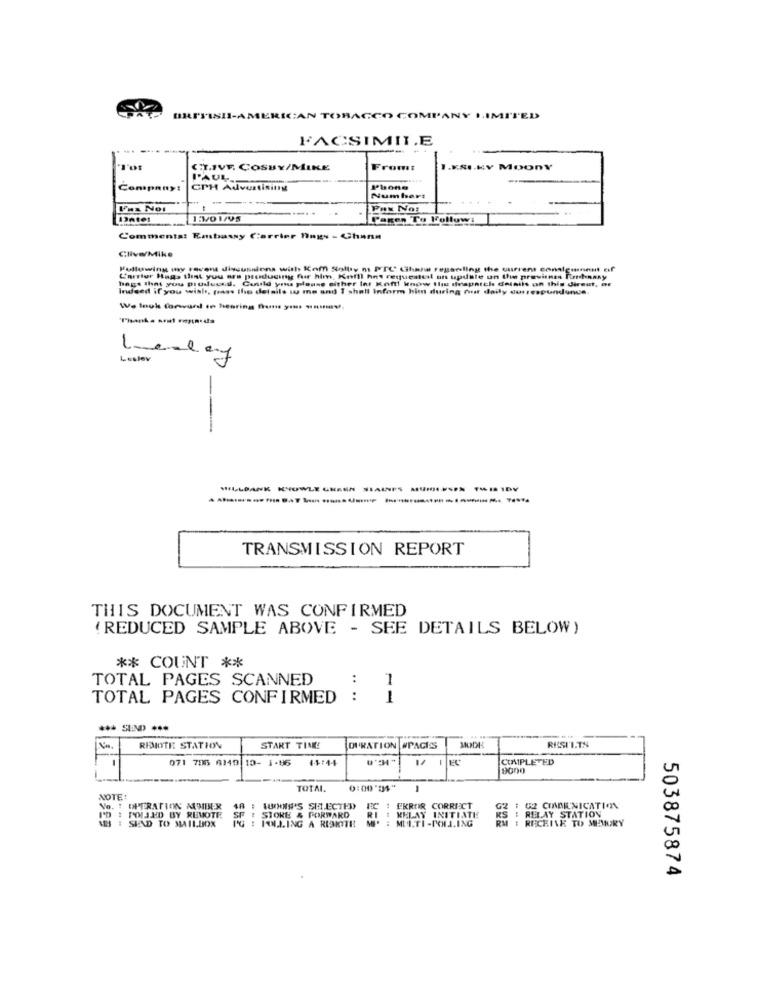
BRITISII-AMERICAN TOBACCO COMPANY LIMITED
FACSIMILE
CT.IVF. COSBY/MINE
From:
H.KY MoonY
Company:
CPH Advertising
Phone
--
Number:
Uns Noi
PON No:
Donter
LEVO 1/95
Pagen To Followi
Comments: Embassy Carrier Ings - Chann
Clive/Mike
Following my recent discussions with Kom Stolty m PTC Liliana regeling the current consigonnnt tif
Carrier Haga that you are producing for him, Kefil hos requested an update un the provinzs Renhnasy
bags that you prusluces. Could you please either Int Kof! know this despatel details on this direut, ar
Indeed if you wish, pass the details w me and I shall Inform him during must daily durrespundunde.
We look forward to hearing from yes -man.
Thanks soul soynada
Leslev
Lesley
HILLDANK KYOWLE GREEN SIAUNFS -LESPA TEMIDY
TRANSMISSION REPORT
THIS DOCUMENT WAS CONFIRMED
(REDUCED SAMPLE ABOVE - SEE DETAILS BELOW)
** COUNT **
TOTAL PAGES SCANNED
:
1
TOTAL PAGES CONFIRMED :
1
REMOTE STATION
START TIME
DURATION #PAGES
MODI
RESULTS
071 706 6149 10- 1-96
44:44
COMPLETED
TOTAL.
0:00*34"
NOTE
Vo. ! OPERATION AUMBER
48 : AUXNN'S SI.ECTED
FC : ERROR CORRECT
G2
52 CIADEUNICATION
I'D : POLJED BY REMOTE
STORE & FORWARD
RI : KELAY INITIATE
RS
RECEIVE TO MEMURY
RELAY STATION
AS I SEND TO MAILBOX
PG : HOLLING A RISKTTE
503875874